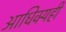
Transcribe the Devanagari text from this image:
आधिक्यही